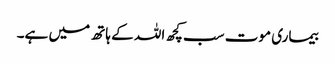
بیماری موت سب کچھ اللہ کے ہاتھ میں ہے۔